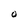
Character: O